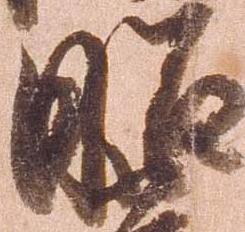
昭